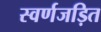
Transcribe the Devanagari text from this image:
स्‍वर्णजड़ित